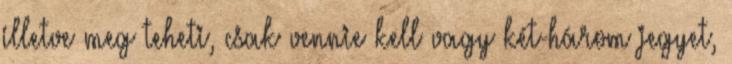
illetve meg­ teheti, csak vennie kell vagy két-három jegyet,